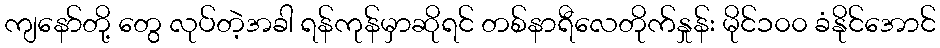
ကျနော်တို့ တွေ လုပ်တဲ့အခါ ရန်ကုန်မှာဆိုရင် တစ်နာရီလေတိုက်နှုန်း မိုင်၁၀၀ ခံနိုင်အောင်